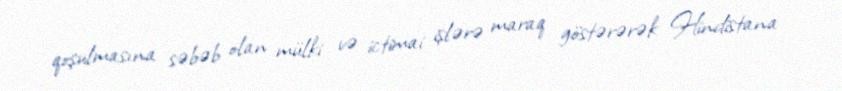
qoşulmasına səbəb olan mülki və ictimai işlərə maraq göstərərək Hindistana